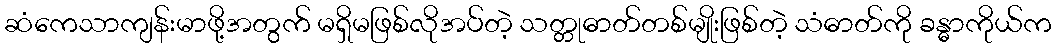
ဆံကေသာကျန်းမာဖို့အတွက် မရှိမဖြစ်လိုအပ်တဲ့ သတ္တုဓာတ်တစ်မျိုးဖြစ်တဲ့ သံဓာတ်ကို ခန္ဓာကိုယ်က